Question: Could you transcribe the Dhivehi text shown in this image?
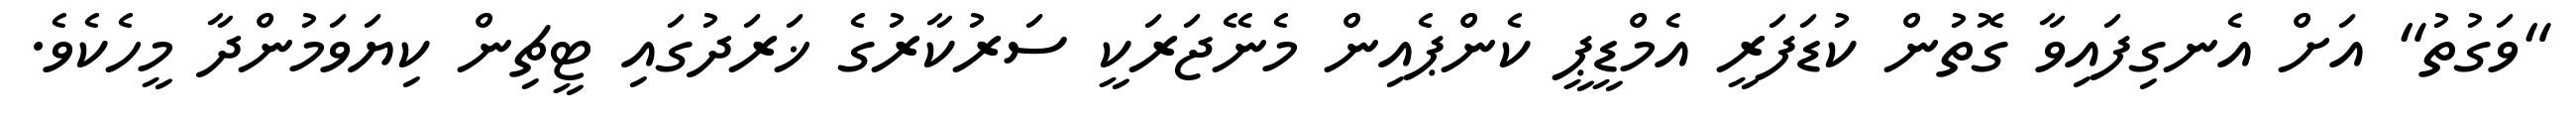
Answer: "ވަގުތު" އަށް އެނގިފައިވާ ގޮތުން ކުޑަފަރީ އެމްޑީޕީ ކެންޕެއިން މެނޭޖަރަކީ ސަރުކާރުގެ ޚަރަދުގައި ޓީޗިން ކިޔަވަމުންދާ މީހެކެވެ.